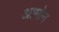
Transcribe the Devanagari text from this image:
आमोन